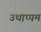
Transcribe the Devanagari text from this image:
उथाप्पम